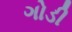
ગોડી